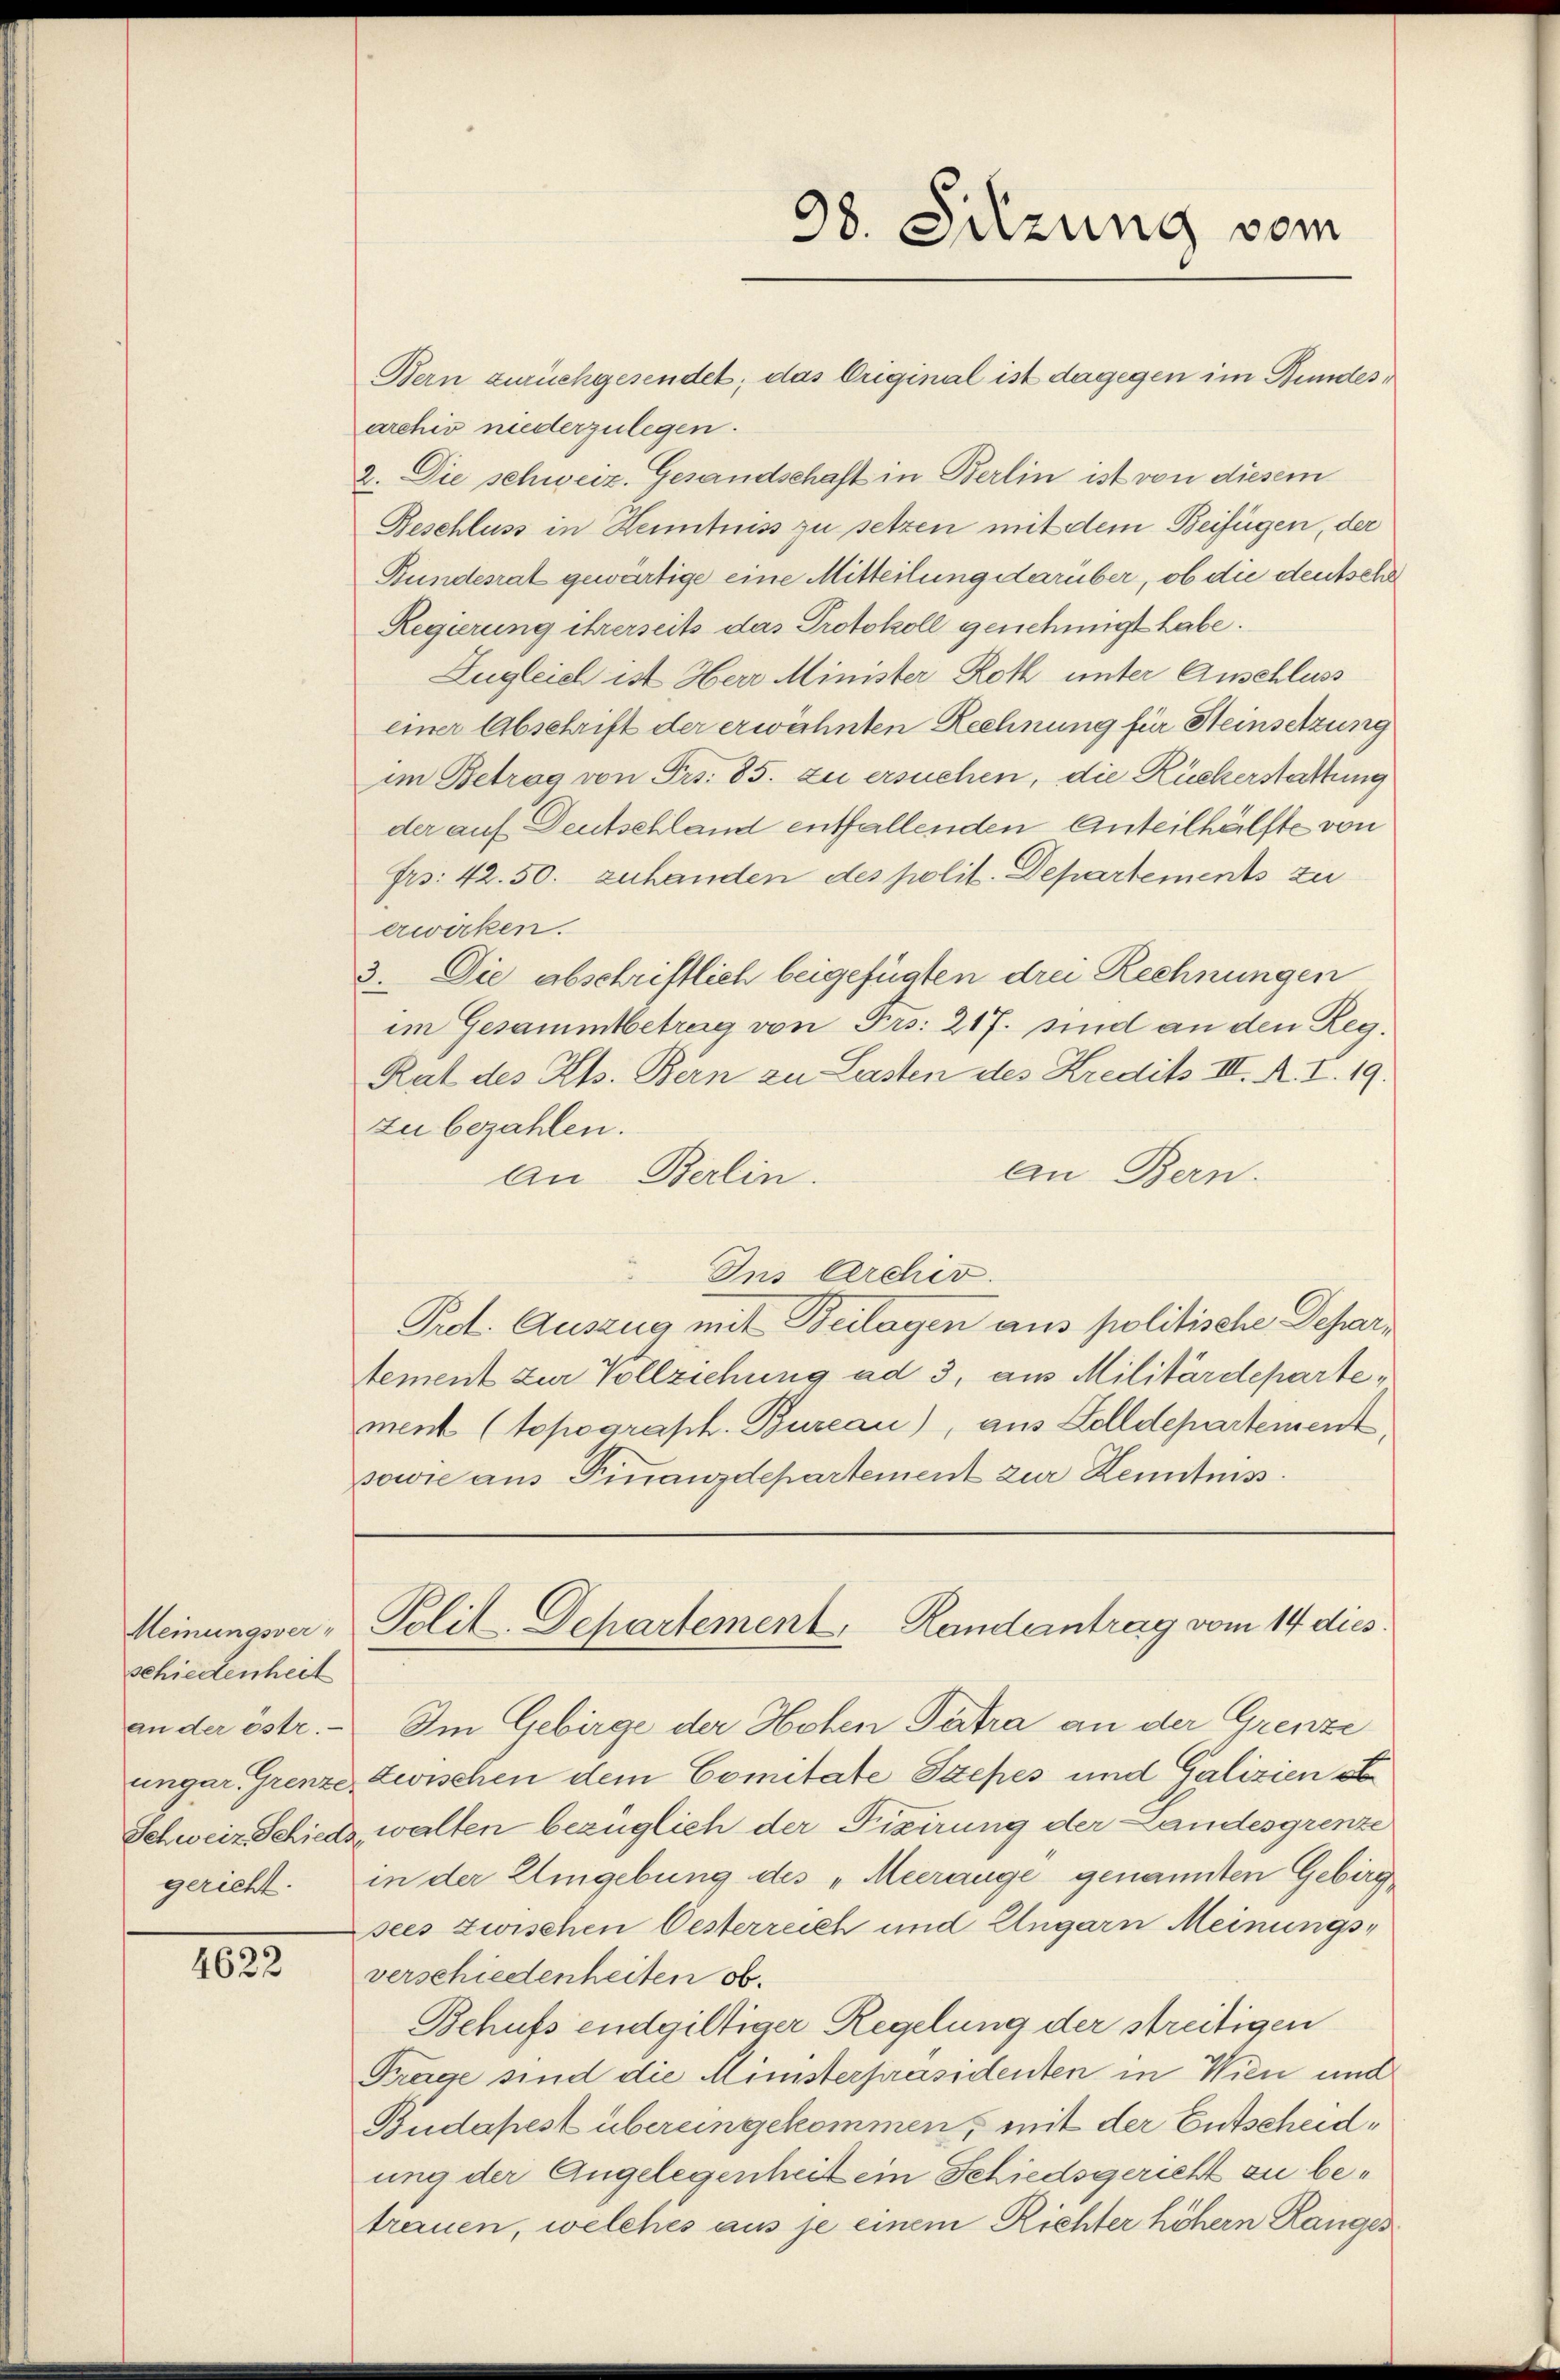
schiedenheit

1833.

Bern zurückgesendet; das Original ist dagegen im Bundes
archiv niederzulegen.
2. Die schweiz. Gesandschaft in Berlin ist von diesem
Beschluss in Kenntniss zu setzen mit dem Beifügen, der
Bundesrat gewärtige eine Mitteilung darüber, ob die deutschl
Regierung ihrerseits das Protokoll genehmigt habe.
Zugleich ist Herr Minister Roth unter Anschluss
einer Abschrift der erwähnten Rechnung für Steinsetzung
im Betrag von Frs. 85. zu ersuchen, die Rückerstattung
der auf Deutschland entfallenden Anteilhälfte von
fro: 42. 50. zuhanden des polit. Departements zu
erwirken.
3. Die abschriftlich beigefügten drei Rechnungen
im Gesammtbetrag von Frs. 217. sind an den Reg.
Rat des Kts. Bern zu Lasten des Kredits III. R. I. 19.
zu bezahlen.
an Bern.
An Berlin.
Ins Archiv.
Pret. Auszug mit Beilagen aus politische Departement zur Vollziehung ad 3, aus Militärdepartement (topograph. Bureau), aus Zolldepartement,
sowie aus Finanzdepartement zur Zentniss

98. Sitzung vom

Meinungsver- Polit-Departement, Randantrag vom 14 dies

an der östr. Im Gebirge der Hohen Patra an der Grenze
ungar. Grenze zwischen dem Comitate Szepes und Galizien ob
Schweiz Schieds, walten bezüglich der Fixirung der Landesgrenze
gericht. in der Umgebung des „Meerange genannten Gebirg
sees zwischen Oesterreich und Ungarn Meinungsverschiedenheiten ob.
Behufs endgültiger Regelung der streitigen
Frage sind die Ministerpräsidenten in Wien und
Budapest übereingekommen, mit der Entscheidung der Angelegenheit ein Schiedsgericht zu betrauen, welches aus je einem Richter höhern Ranger